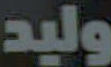
وليد